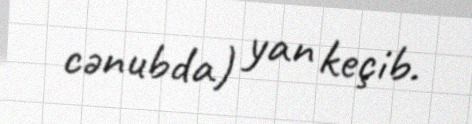
cənubda) yan keçib.